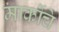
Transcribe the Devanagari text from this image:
मार्कोचे